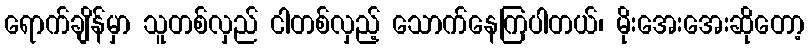
ရောက်ချိန်မှာ သူတစ်လှည် ငါတစ်လှည့် သောက်နေကြပါတယ်၊ မိုးအေးအေးဆိုတော့